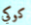
كوكي